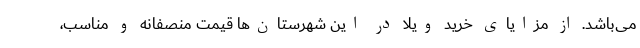
می‌باشد. از مزایای خرید ویلا در این شهرستان­‌ها قیمت منصفانه و مناسب،